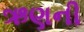
ઋણની